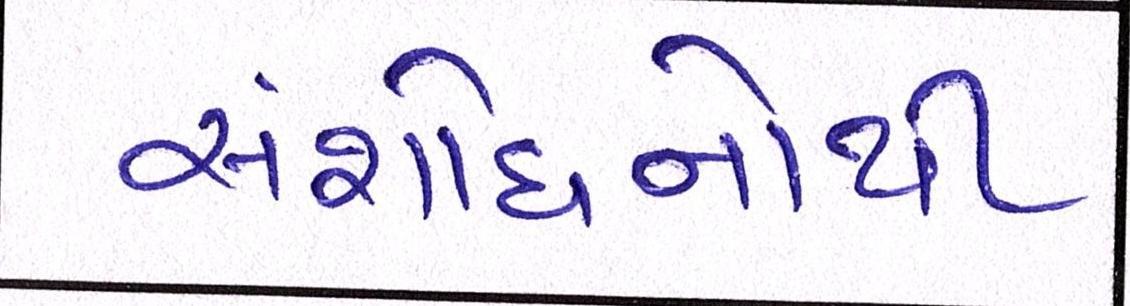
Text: સંશોધનોથી